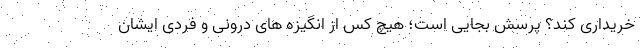
خریداری کند؟ پرسش بجایی است؛ هیچ کس از انگیزه های درونی و فردی ایشان